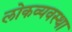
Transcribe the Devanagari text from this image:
लोकव्यवस्था